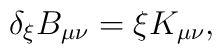
\delta_\xi B_{\mu\nu} = \xi K_{\mu\nu},